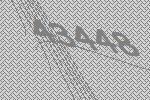
43448